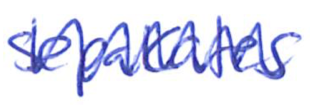
Text: separates
Cross-out: zig-zag
Writing tool: ballpoint